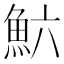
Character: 𲌲